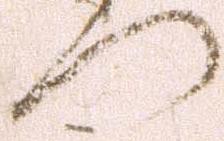
門